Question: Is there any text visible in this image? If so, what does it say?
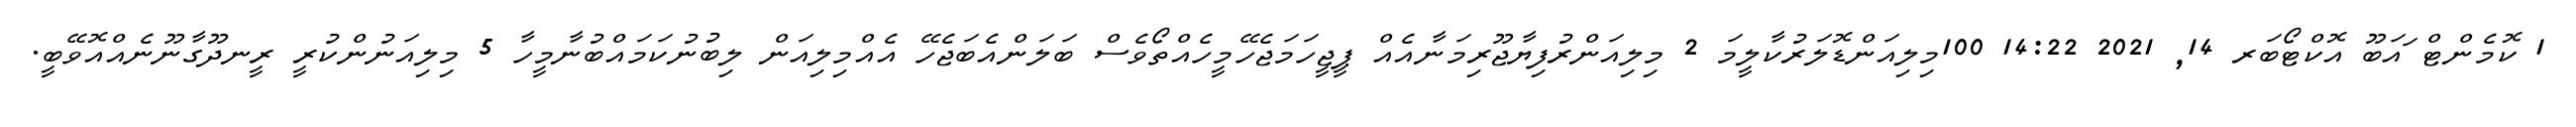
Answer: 1 ކޮމެންޓް ައަބޫ އޮކްޓޯބަރ 14, 2021 14:22 100މިލިއަންޑޮލަރުކާލީމަ 2 މިލިއަންރުފިޔާޖޫރިމަނާއެއް ޕީޖީހަމަޖެހޭމީހެއްތޯވެސް ބަލަންއެބަޖެހޭ އެއްމިލިއަން ލިބުނުކަމައްބުނާމީހާ 5 މިލިއަނުންކުރީ ރީނދޫގާނޫނެއްއޮވޭބީ.